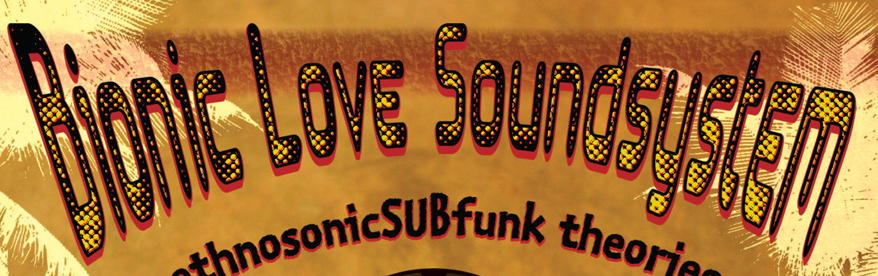
Bionic LoVE SoundsystEm